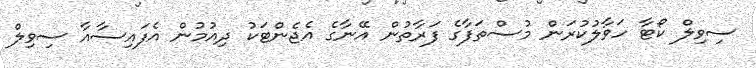
ސިވިލް ކޯޓާ ހަވާލުކުރަން މުސްތަފާގެ ފަރާތުން އޭނާގެ އެޖެންޓަކު ދިއުމުން އެފައިސާއާ ސިވިލް